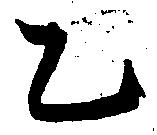
乙